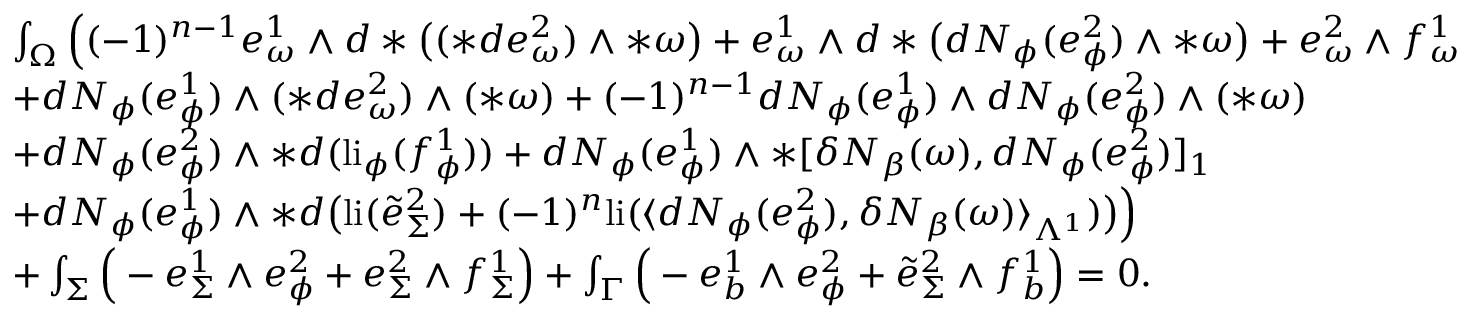
\begin{array} { r l } & { \int _ { \Omega } \Big ( ( - 1 ) ^ { n - 1 } e _ { \omega } ^ { 1 } \wedge d \ast \big ( ( \ast d e _ { \omega } ^ { 2 } ) \wedge \ast \omega \big ) + e _ { \omega } ^ { 1 } \wedge d \ast \big ( d N _ { \phi } ( e _ { \phi } ^ { 2 } ) \wedge \ast \omega \big ) + e _ { \omega } ^ { 2 } \wedge f _ { \omega } ^ { 1 } } \\ & { + d N _ { \phi } ( e _ { \phi } ^ { 1 } ) \wedge ( \ast d e _ { \omega } ^ { 2 } ) \wedge ( \ast \omega ) + ( - 1 ) ^ { n - 1 } d N _ { \phi } ( e _ { \phi } ^ { 1 } ) \wedge d N _ { \phi } ( e _ { \phi } ^ { 2 } ) \wedge ( \ast \omega ) } \\ & { + d N _ { \phi } ( e _ { \phi } ^ { 2 } ) \wedge \ast d ( \mathrm { l i } _ { \phi } ( f _ { \phi } ^ { 1 } ) ) + d N _ { \phi } ( e _ { \phi } ^ { 1 } ) \wedge \ast [ \delta N _ { \beta } ( \omega ) , d N _ { \phi } ( e _ { \phi } ^ { 2 } ) ] _ { 1 } } \\ & { + d N _ { \phi } ( e _ { \phi } ^ { 1 } ) \wedge \ast d \big ( \mathrm { l i } ( \tilde { e } _ { \Sigma } ^ { 2 } ) + ( - 1 ) ^ { n } \mathrm { l i } ( \langle d N _ { \phi } ( e _ { \phi } ^ { 2 } ) , \delta N _ { \beta } ( \omega ) \rangle _ { \Lambda ^ { 1 } } ) \big ) \Big ) } \\ & { + \int _ { \Sigma } \Big ( - e _ { \Sigma } ^ { 1 } \wedge e _ { \phi } ^ { 2 } + e _ { \Sigma } ^ { 2 } \wedge f _ { \Sigma } ^ { 1 } \Big ) + \int _ { \Gamma } \Big ( - e _ { b } ^ { 1 } \wedge e _ { \phi } ^ { 2 } + \tilde { e } _ { \Sigma } ^ { 2 } \wedge f _ { b } ^ { 1 } \Big ) = 0 . } \end{array}